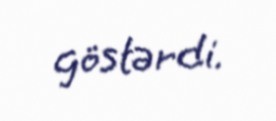
göstərdi.